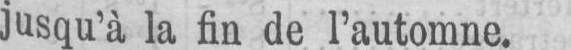
jusqu’à la fin de l’automne.